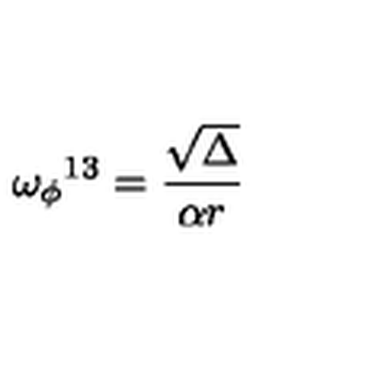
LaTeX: { \omega _ { \phi } } ^ { 1 3 } = \frac { \sqrt \Delta } { \alpha r } \,